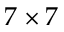
7 \times 7